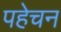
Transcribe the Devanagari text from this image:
पहेचन